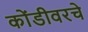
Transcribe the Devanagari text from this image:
कोंडीवरचे